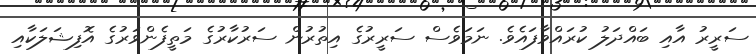
ސަރީރު އާއި ބައްދަލު ކުރައްވާފައެވެ. ނަމަވެސް ސަރީރުގެ އިތުރުން ސަރުކާރުގެ މަތީފެންވަރުގެ އޮފިޝަލަކާއި